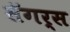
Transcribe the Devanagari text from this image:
सॅगर्स